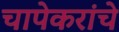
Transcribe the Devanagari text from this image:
चापेकरांचे